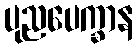
ပုညပေက္ခာန